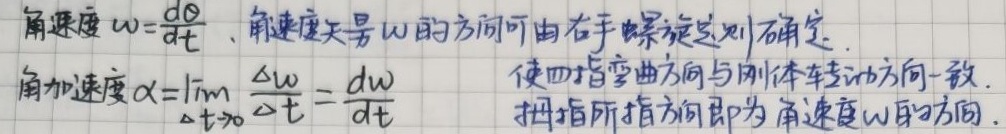
角速度 $\omega=\frac{d\theta}{dt}$，角速度矢量 $\omega$ 的方向可由右手螺旋定则确定.
角加速度 $\alpha=\lim_{\Delta t \to 0}\frac{\Delta\omega}{\Delta t}=\frac{d\omega}{dt}$ 使四指弯曲方向与刚体转动方向一致，拇指所指方向即为角速度 $\omega$ 的方向.